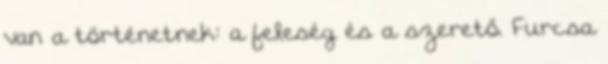
van a történetnek: a feleség és a szerető. Furcsa